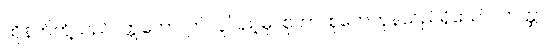
ထိုနတ်တို့သည်။ ဣတော၊ ဤလူပြည့်မှ။ စုတာ၊ စုတေကုန်သည်ရှိသော်။ တတ္ထ၊